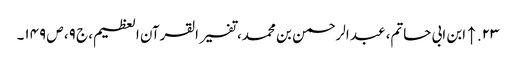
۲۳. ↑ ابن ابی حاتم، عبد الرحمن بن محمد، تفسیر القرآن العظیم، ج ۹، ص ۱۴۹۔